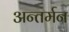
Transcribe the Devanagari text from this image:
अन्‍तर्मन